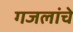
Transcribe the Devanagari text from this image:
गजलांचे